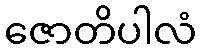
ဇောတိပါလံ